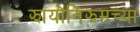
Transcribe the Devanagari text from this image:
झायोनिझमच्या